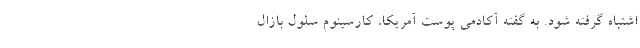
اشتباه گرفته شود. به گفته آکادمی پوست آمریکا، کارسینوم سلول بازال